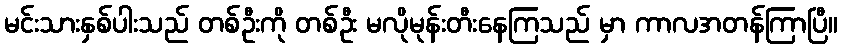
မင်းသားနှစ်ပါးသည် တစ်ဦးကို တစ်ဦး မလိုမုန်းတီးနေကြသည် မှာ ကာလအတန်ကြာပြီ။